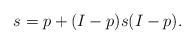
LaTeX: \begin{align*}s=p+(I-p)s (I-p).\end{align*}